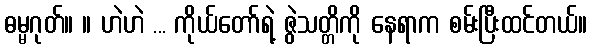
ဓမ္မဂုတ်။ ။ ဟဲဟဲ ... ကိုယ်တော်ရဲ့ ဇွဲသတ္တိကို နေရာက စမ်းပြီးထင်တယ်။